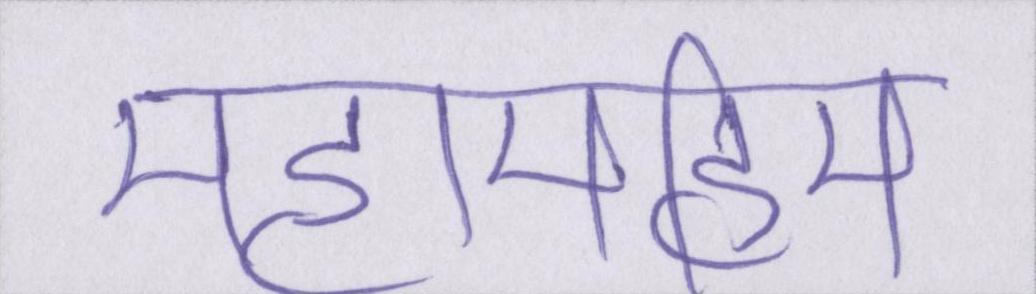
महामहिम